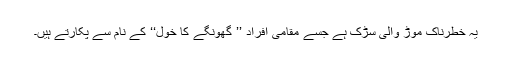
یہ خطرناک موڑ والی سڑک ہے جسے مقامی افراد ’’ گھونگے کا خول‘‘ کے نام سے پکارتے ہیں۔